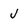
Character: J